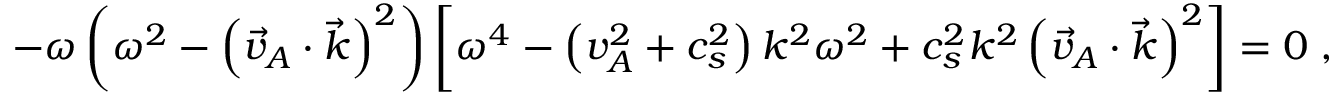
- { \omega } \left( { \omega } ^ { 2 } - \left( \vec { v } _ { A } \cdot \vec { k } \right) ^ { 2 } \right) \left[ { \omega } ^ { 4 } - \left( v _ { A } ^ { 2 } + c _ { s } ^ { 2 } \right) k ^ { 2 } { \omega } ^ { 2 } + c _ { s } ^ { 2 } k ^ { 2 } \left( \vec { v } _ { A } \cdot \vec { k } \right) ^ { 2 } \right] = 0 \; ,